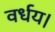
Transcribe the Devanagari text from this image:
वर्धय।